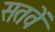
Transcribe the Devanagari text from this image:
सतवें